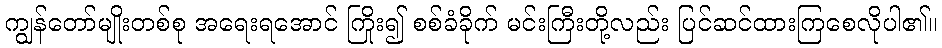
ကျွန်တော်မျိုးတစ်စု အရေးရအောင် ကြိုး၍ စစ်ခံခိုက် မင်းကြီးတို့လည်း ပြင်ဆင်ထားကြစေလိုပါ၏။